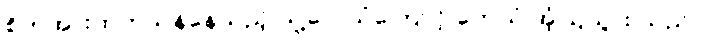
စိတ်အားထက်သန်နေသည့် သူ့လေသံကြောင့် ဟေယံ အံ့ဩသွား သည်။